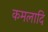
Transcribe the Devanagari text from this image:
कमलादि